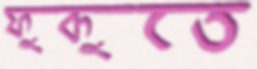
ফুকুতে